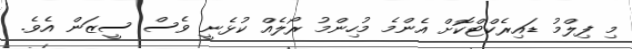
މި ފިލްމު ޑައިރެކްޓްކޮށް އެންމެ މުހިންމު ރޯލެއް ކުޅެނީ ވެސް ސީޒަން އެވެ.